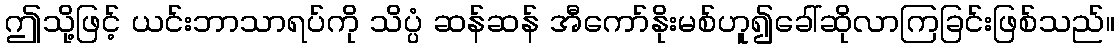
ဤသို့ဖြင့် ယင်းဘာသာရပ်ကို သိပ္ပံ ဆန်ဆန် အီကော်နိုးမစ်ဟူ၍ခေါ်ဆိုလာကြခြင်းဖြစ်သည်။